Materia medica of Madras volume I
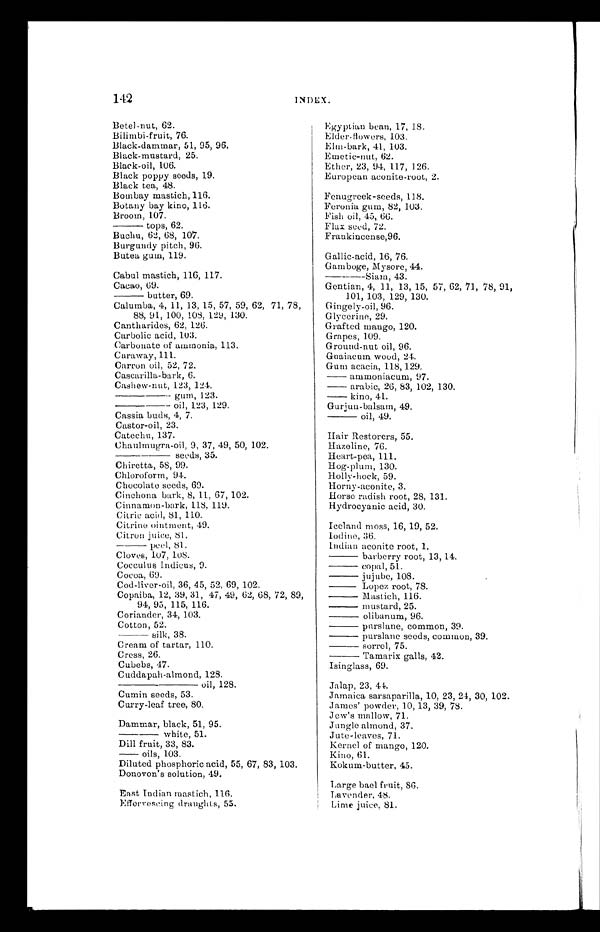
142
INDEX.
Betel-nut, 62.
Bilimbi-fruit, 76.
Black-dammar, 51, 95, 96.
Black-mustard, 25.
Black-oil, 106.
Black poppy seeds, 19.
Black tea, 48.
Bombay mastich, 116.
Botany bay kino, 116.
Broom, 107.
tops, 62.
Buchu, 62, 68, 107.
Burgundy pitch, 96.
Butea gum, 119.
Cabul mastich, 116, 117.
Cacao, 69.
butter, 69.
Calumba, 4, 11, 13, 15, 57, 59, 62, 71, 78,
88, 91, 100, 108, 129, 130.
Cantharides, 62, 126.
Carbolic acid, 103.
Carbonate of ammonia, 113.
Caraway, 111.
Carron oil, 52, 72.
Cascarilla-bark, 6.
Cashew-nut, 123, 124.
gum, 123.
oil, 123, 129.
Cassia buds, 4, 7.
Castor-oil, 23.
Catechu, 137.
Chaulmugra-oil, 9, 37, 49, 50, 102.
seeds, 35.
Chiretta, 58, 99.
Chloroform, 94.
Chocolate seeds, 69.
Cinchona bark, 8, 11, 67, 102.
Cinnamon-bark, 118, 119.
Citric acid, 81, 110.
Citrine ointment, 49.
Citron juice, 81.
peel, 81.
Cloves, 107, 108.
Cocculus Indicus, 9.
Cocoa, 69.
Cod-liver-oil, 36, 45, 52, 69, 102.
Copaiba, 12, 39, 31, 47, 49, 62, 68, 72, 89,
94, 95, 115, 116.
Coriander, 34, 103.
Cotton, 52.
silk, 38.
Cream of tartar, 110.
Cress, 26.
Cubebs, 47.
Cuddapah-almond, 128.
oil, 128.
Cumin seeds, 53.
Curry-leaf tree, 80.
Dammar, black, 51, 95.
white, 51.
Dill fruit, 33, 83.
oils, 103.
Diluted phosphoric acid, 55, 67, 83, 103.
Donovon's solution, 49.
East Indian mastich, 116.
Effervescing draughts, 55.
Eg y p t i a n b e a n , 1 7 , 1 8 ,
Elder-flowers, 103.
Elm-bark, 41, 103.
Emetic-nut, 62.
Ether, 23, 94, 117, 126.
European aconite-root, 2.
Fenugreek-seeds, 118.
Feronia gum, 82, 103.
Fish oil, 45, 66.
Flax seed, 72.
Frankincense,96.
Gallic-acid, 16, 76.
Gamboge, Mysore, 44.
----Siam, 43.
Gentian, 4, 11, 13, 15, 57, 62, 71, 78, 91,
101, 103, 129, 130.
Gingely-oil, 96.
Glycerine, 29.
Grafted mango, 120.
Grapes, 109.
Ground-nut oil, 96.
Guaiacum wood, 24.
Gum acacia, 118, 129.
ammoniacum, 97.
arabic, 26, 83, 102, 130.
- kino, 41.
Gurjun-balsam, 49.
oil, 49.
Hair Restorers, 55.
Hazeline, 76.
Heart-pea, 111.
Hog-plum, 130.
Holly-hock, 59.
Horny-aconite, 3.
Horse radish root, 28, 131.
Hydrocyanic acid, 30.
Iceland moss, 16, 19, 52.
Iodine, 36.
Indian aconite root, 1.
barberry root, 13, 14.
copal, 51.
jujube, 108.
Lopez root, 78.
Mastich, 116.
mustard, 25.
olibanum, 96.
purslane, common, 39.
purslane seeds, common, 39.
sorrel, 75.
Tamarix galls, 42.
Isinglass, 69.
Jalap, 23, 44.
Jamaica sarsaparilla, 10, 23, 24, 30, 102.
James' powder, 10, 13, 39, 78.
Jew's mallow, 71.
Jungle almond, 37.
Jute-leaves, 71.
Kernel of mango, 120.
Kino, 61.
Kokum-butter, 45.
Large bael fruit, 86.
Lavender, 48.
Lime juice. 81.